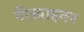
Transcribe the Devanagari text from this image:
पेरेस्त्राइका